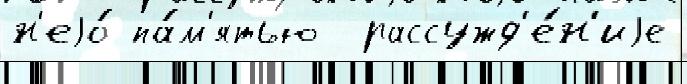
н'еjо́ па́м'ятью  рассужд'е́н'иjе